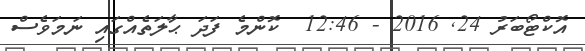
އޮކްޓޯބަރު 24